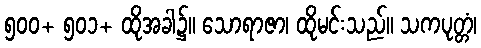
၅၀၀+ ၅၀၁+ ထိုအခါ၌။ သောရာဇာ၊ ထိုမင်းသည်။ သကပုတ္တံ၊